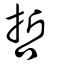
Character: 哲